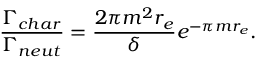
\frac { \Gamma _ { c h a r } } { \Gamma _ { n e u t } } = \frac { 2 \pi m ^ { 2 } r _ { e } } { \delta } e ^ { - \pi m r _ { e } } .